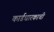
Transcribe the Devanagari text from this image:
कार्डधारकाची